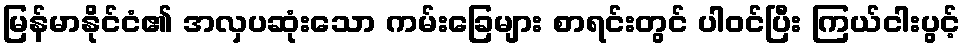
မြန်မာနိုင်ငံ၏ အလှပဆုံးသော ကမ်းခြေများ စာရင်းတွင် ပါဝင်ပြီး ကြယ်ငါးပွင့်